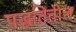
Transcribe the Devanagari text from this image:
पद्धतितील